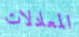
المعادلات